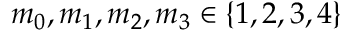
m _ { 0 } , m _ { 1 } , m _ { 2 } , m _ { 3 } \in \{ 1 , 2 , 3 , 4 \}